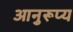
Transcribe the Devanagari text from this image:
आनुरूप्य